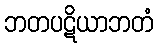
ဘတပဋိယာဘတံ